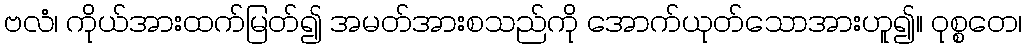
ဗလံ၊ ကိုယ်အားထက်မြတ်၍ အမတ်အားစသည်ကို အောက်ယုတ်သောအားဟူ၍။ ဝုစ္စတေ၊